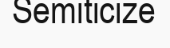
Semiticize